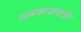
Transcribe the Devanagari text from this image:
अवकाशयात्री